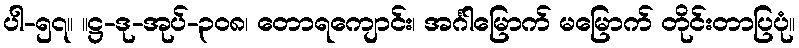
ပါ-၅၇။ ။ဋ္ဌ-ဒု-အုပ်-၃၀၈၊ တောရကျောင်း၊ အင်္ဂါမြောက် မမြောက် တိုင်းတာပြပုံ။